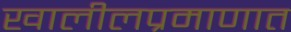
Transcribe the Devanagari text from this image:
खालीलप्रमाणात